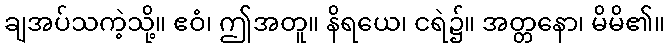
ချအပ်သကဲ့သို့။ ဧဝံ၊ ဤအတူ။ နိရယေ၊ ငရဲ၌။ အတ္တနော၊ မိမိ၏။